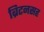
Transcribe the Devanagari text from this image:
ब्रिटनसह